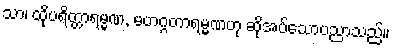
သာ၊ ထိုပရိတ္တာရမ္မဏ, မဟဂ္ဂတာရမ္မဏဟု ဆိုအပ်သောပညာသည်။